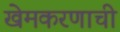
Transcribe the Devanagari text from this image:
खेमकरणाची